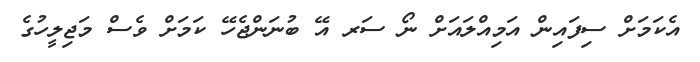
އެކަމަށް ސިފައިން އަމިއްލައަށް ނޯ ސަރ އޭ ބުނަންޖެހޭ ކަމަށް ވެސް މަޖިލީހުގެ